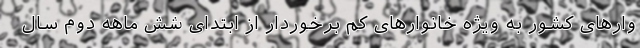
وارهای کشور به ویژه خانوارهای کم برخوردار از ابتدای شش ماهه دوم سال